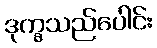
ဒုက္ခသည်ပေါင်း